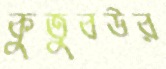
কুতুবউর